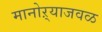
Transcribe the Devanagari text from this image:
मानोऱ्याजवळ